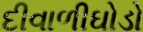
દીવાળીઘોડો